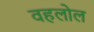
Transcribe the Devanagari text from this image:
वहलोल